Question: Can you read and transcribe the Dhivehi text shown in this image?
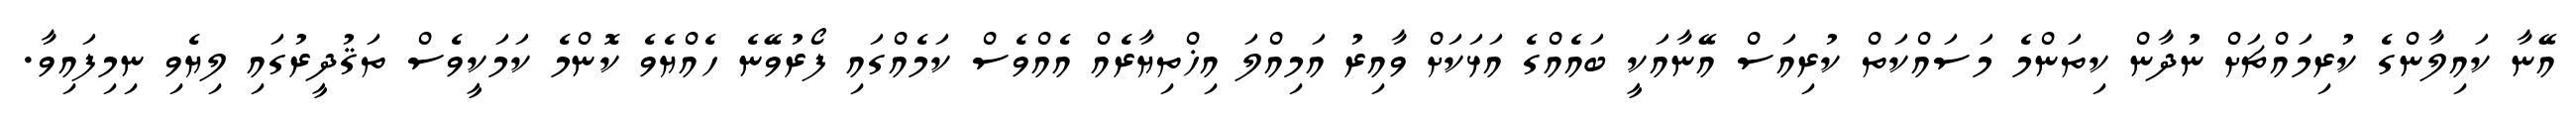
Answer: އޭނާ ކައިލާންގެ ކުރިމައްޗަށް ނުދާން ކިތަންމެ މަސައްކަތް ކުރިއަސް އޭނާއަކީ ބައެއްގެ އަޅަކަށް ވާއިރު އަމިއްލަ އިޚްތިޔާރެއް އެއްވެސް ކަމެއްގައި ފޯރުވޭނެ ހެއްޔެވެ ކޮންމެ ކަމަކީވެސް ތަޤުދީރުގައި ލިޔެވި ނިމިފައިވާ.